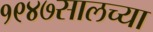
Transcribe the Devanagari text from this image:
१९४७सालच्या